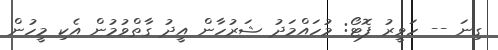
ގިނަ -- ހަވީރު ފޮޓޯ: މުހައްމަދު ޝަރުހާން އީދު ގާތްވުމުން އެކި މީހުން